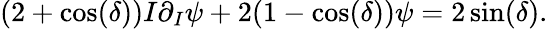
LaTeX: (2+\cos(\delta))I\partial_{I}\psi+2(1-\cos(\delta))\psi=2\sin(\delta).